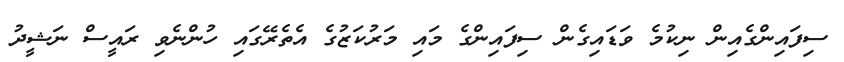
ސިފައިންގެއިން ނިކުމެ ވަޑައިގެން ސިފައިންގެ މައި މަރުކަޒުގެ އެތެރޭގައި ހުންނެވި ރައީސް ނަޝީދު